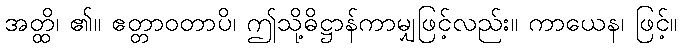
အတ္ထိ၊ ၏။ ဧတ္တာဝတာပိ၊ ဤသို့ဓိဋ္ဌာန်ကာမျှဖြင့်လည်း။ ကာယေန၊ ဖြင့်။